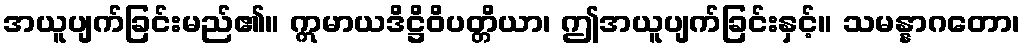
အယူပျက်ခြင်းမည်၏။ ဣမာယဒိဋ္ဌိဝိပတ္တိယာ၊ ဤအယူပျက်ခြင်းနှင့်။ သမန္နာဂတော၊